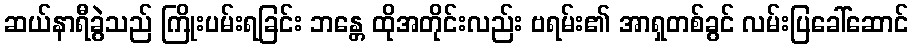
ဆယ်နာရီခွဲသည် ကြိုးပမ်းရခြင်း ဘန္တေ ထိုအတိုင်းလည်း ဗရမ်း၏ အာရှတစ်ခွင် လမ်းပြခေါ်ဆောင်